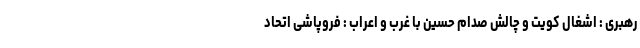
رهبری : اشغال کویت و چالش صدام حسین با غرب و اعراب : فروپاشی اتحاد